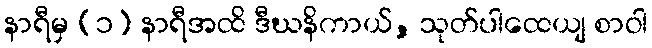
နာရီမှ (၁) နာရီအထိ ဒီဃနိကာယ်, သုတ်ပါထေယျ စာဝါ